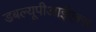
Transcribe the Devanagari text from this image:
डबल्यूपीआईएक्स